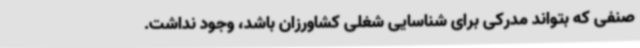
صنفی که بتواند مدرکی برای شناسایی شغلی کشاورزان باشد، وجود نداشت.